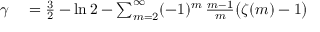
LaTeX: \begin{array} { r l } { \gamma } & { { } = { \frac { 3 } { 2 } } - \ln 2 - \sum _ { m = 2 } ^ { \infty } ( - 1 ) ^ { m } \, { \frac { m - 1 } { m } } { \big ( } \zeta ( m ) - 1 { \big ) } } \end{array}